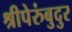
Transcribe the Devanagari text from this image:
श्रीपेरुंबुदुर